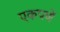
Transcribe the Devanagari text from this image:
एकपणें